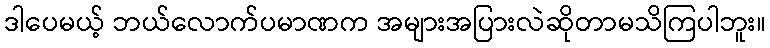
ဒါပေမယ့် ဘယ်လောက်ပမာဏက အများအပြားလဲဆိုတာမသိကြပါဘူး။